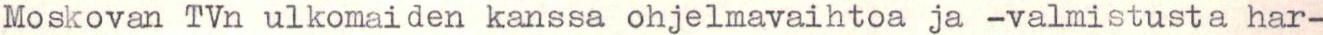
Moskovan TVn ulkomaiden kanssa ohjelmavaihtoa ja -valmistusta har-